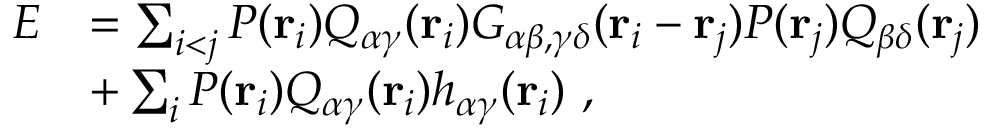
\begin{array} { r l } { E } & { = \sum _ { i < j } P ( { \bf r } _ { i } ) Q _ { \alpha \gamma } ( { \bf r } _ { i } ) G _ { \alpha \beta , \gamma \delta } ( { \bf r } _ { i } - { \bf r } _ { j } ) P ( { \bf r } _ { j } ) Q _ { \beta \delta } ( { \bf r } _ { j } ) } \\ & { + \sum _ { i } P ( { \bf r } _ { i } ) Q _ { \alpha \gamma } ( { \bf r } _ { i } ) h _ { \alpha \gamma } ( { \bf r } _ { i } ) ~ , } \end{array}